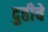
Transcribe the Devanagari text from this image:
दुहीचे